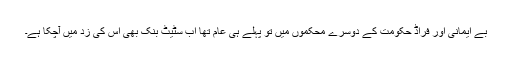
بے ایمانی اور فراڈ حکومت کے دوسرے محکموں میں تو پہلے ہی عام تھا اب سٹیٹ بنک بھی اس کی زد میں آچکا ہے۔